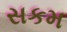
સકમ